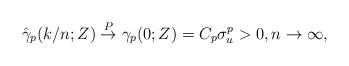
LaTeX: \begin{align*}\hat{\gamma}_p(k/n;Z) \stackrel{P}{\rightarrow} \gamma_p(0;Z) = C_p \sigma_u^p > 0, n \rightarrow \infty,\end{align*}